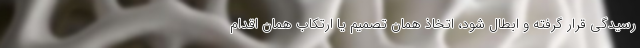
رسیدگی قرار گرفته و ابطال شود، اتخاذ همان تصمیم یا ارتکاب همان اقدام